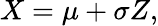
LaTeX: X=\mu+\sigma Z,